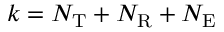
k = N _ { \mathrm { T } } + N _ { \mathrm { R } } + N _ { \mathrm { E } }